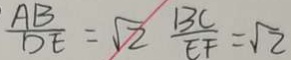
\frac { A B } { D E } = \sqrt { 2 } \frac { B C } { E F } = \sqrt { 2 }